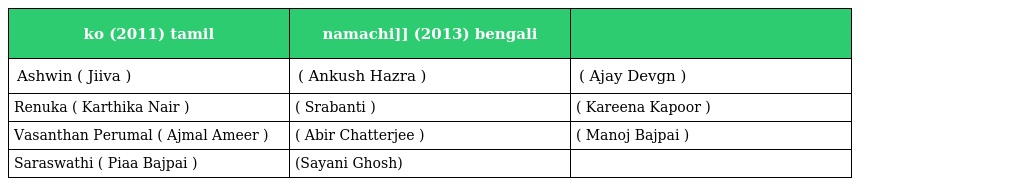
| ko (2011) tamil | namachi]] (2013) bengali |  |
 | --- | --- | --- |
 | Ashwin ( Jiiva ) | ( Ankush Hazra ) | ( Ajay Devgn ) |
 | Renuka ( Karthika Nair ) | ( Srabanti ) | ( Kareena Kapoor ) |
 | Vasanthan Perumal ( Ajmal Ameer ) | ( Abir Chatterjee ) | ( Manoj Bajpai ) |
 | Saraswathi ( Piaa Bajpai ) | (Sayani Ghosh) |  |